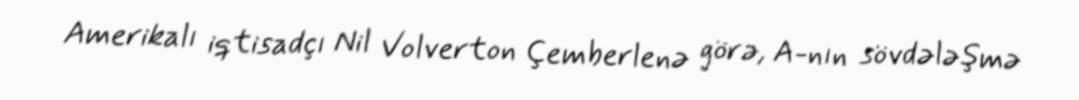
Amerikalı iqtisadçı Nil Volverton Çemberlenə görə, A-nın sövdələşmə